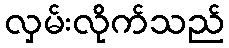
လှမ်းလိုက်သည်